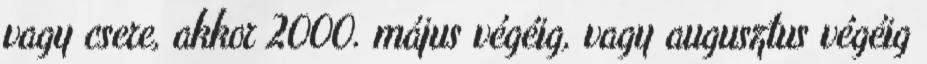
vagy csere, akkor 2000. május végéig, vagy augusztus végéig